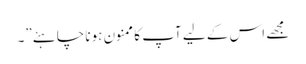
مجھے اس کے لیے آپ کا ممنون ہونا چاہئے”۔